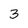
Character: 3